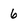
Character: 6